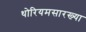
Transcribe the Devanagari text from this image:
थोरियमसारख्या